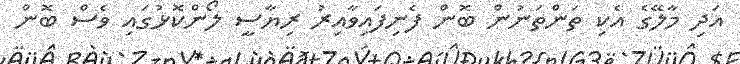
އަދި މާލޭގެ އެކި ތަންތަނުން ބޮން ފެނިފައިވާއިރު ރިޔާސީ ލޯންކޮޅުގައި ވެސް ބޮން